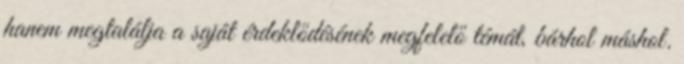
hanem megtalálja a saját érdeklődésének megfelelő témát, bárhol máshol.